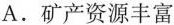
A.矿产资源丰富